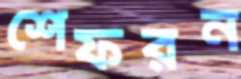
শেফরন